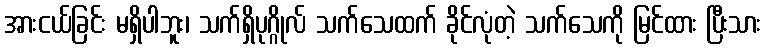
အားငယ်ခြင်း မရှိပါဘူး၊ သက်ရှိပုဂ္ဂိုလ် သက်သေထက် ခိုင်လုံတဲ့ သက်သေကို မြင်ထား ပြီးသား